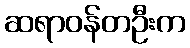
ဆရာဝန်တဦးက